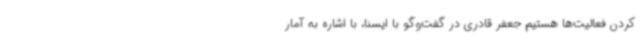
کردن فعالیت‌ها هستیم جعفر قادری در گفت‌وگو با ایسنا، با اشاره به آمار